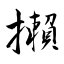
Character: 攋